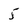
Character: 5